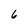
Character: 6